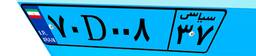
۷۰D۰۰۸۳۷